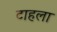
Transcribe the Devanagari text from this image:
टाहला